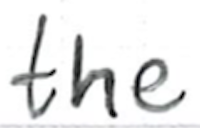
Text: the
Cross-out: clean
Writing tool: ballpoint